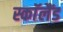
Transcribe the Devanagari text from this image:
स्काॅलैंड